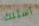
أسئلك